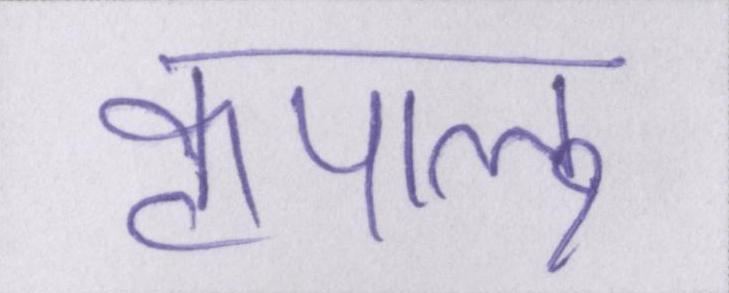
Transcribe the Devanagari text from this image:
कृपालु